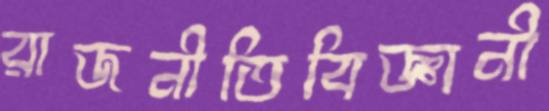
রাজনীতিবিজ্ঞানী